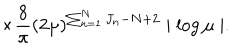
\times \frac { 8 } { \pi } ( 2 \mu ) ^ { \sum _ { n = 1 } ^ { N } J _ { n } - N + 2 } \mid \log \mu \mid .